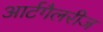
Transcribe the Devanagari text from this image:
आर्टगैलरीज